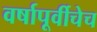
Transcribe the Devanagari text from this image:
वर्षापूर्वीचेच